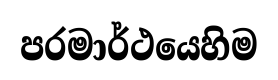
පරමාර්ථයෙහිම